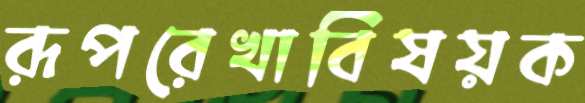
রূপরেখাবিষয়ক